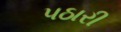
પઠારી